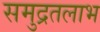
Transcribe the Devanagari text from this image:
समुद्रतलाभ